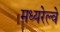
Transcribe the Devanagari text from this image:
मध्यरेल्वे